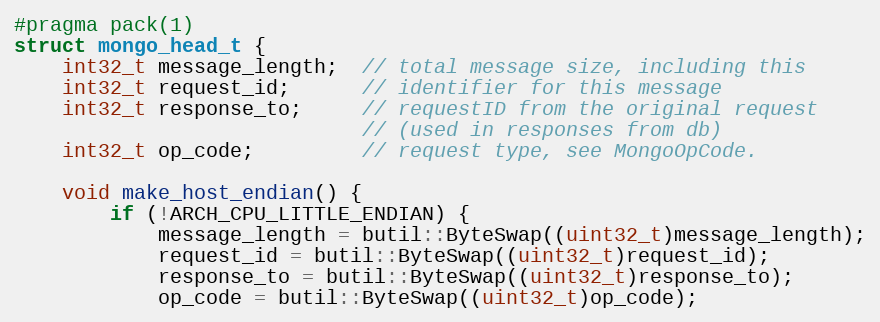
Language: C
#pragma pack(1)
struct mongo_head_t {
    int32_t message_length;  // total message size, including this
    int32_t request_id;      // identifier for this message
    int32_t response_to;     // requestID from the original request
                             // (used in responses from db)
    int32_t op_code;         // request type, see MongoOpCode.

    void make_host_endian() {
        if (!ARCH_CPU_LITTLE_ENDIAN) {
            message_length = butil::ByteSwap((uint32_t)message_length);
            request_id = butil::ByteSwap((uint32_t)request_id);
            response_to = butil::ByteSwap((uint32_t)response_to);
            op_code = butil::ByteSwap((uint32_t)op_code);